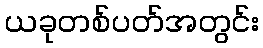
ယခုတစ်ပတ်အတွင်း